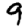
Digit: 9